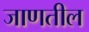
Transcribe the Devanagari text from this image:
जाणतील